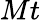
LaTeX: Mt